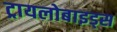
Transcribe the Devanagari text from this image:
ट्रायलोबाइड्स